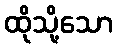
ထိုသို့သော